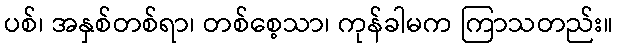
ပစ်၊ အနှစ်တစ်ရာ၊ တစ်စေ့သာ၊ ကုန်ခါမက ကြာသတည်း။